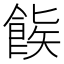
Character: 𬲒